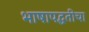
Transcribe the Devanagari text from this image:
भाषापद्धतीचा